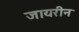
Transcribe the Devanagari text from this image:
जायरीन